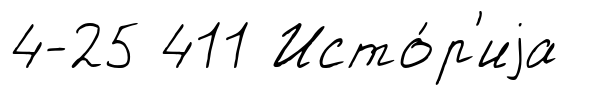
4-25 411 Исто́р'иjа